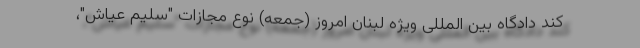
کند دادگاه بین المللی ویژه لبنان امروز (جمعه) نوع مجازات "سلیم عیاش"،